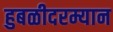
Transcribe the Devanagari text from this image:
हुबळीदरम्यान